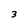
Character: 3